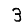
Digit: 3